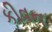
કીવન